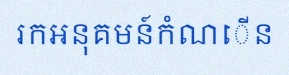
រកអនុគមន៍កំណើន